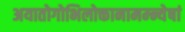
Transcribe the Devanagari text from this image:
अयातोगोभिलोक्तानामम्न्येषां